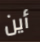
أين